Annual report of the Punjab Veterinary College and of the Civil Veterinary Department, Punjab - 1926-1932
Year: 1926
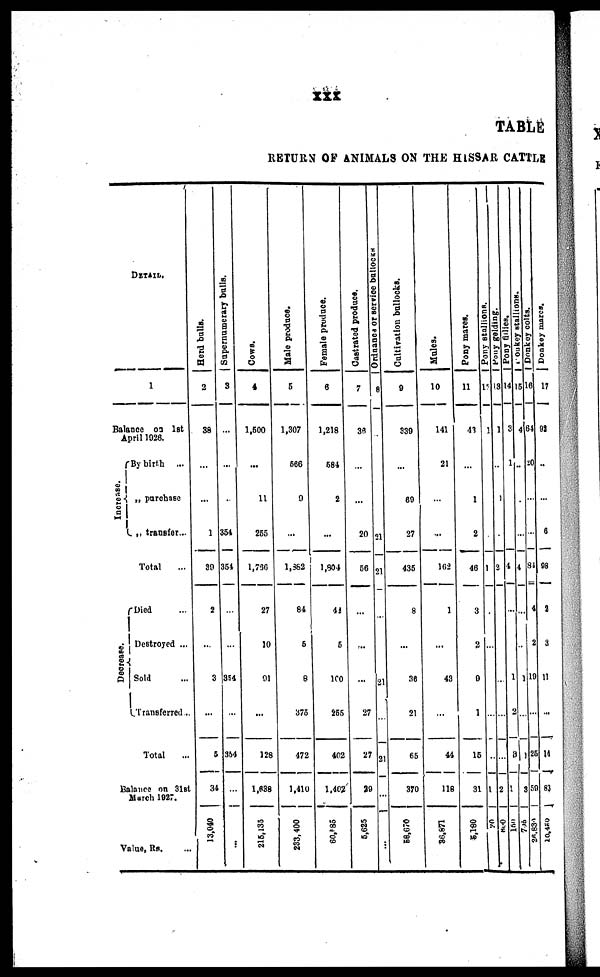
xxx
TABLE
RETURN OF ANIMALS ON THE HISSAR CATTLE
DETAIL.
1
Balance on 1st
April 1026.
Increase.
Decrease.
By birth ...
„ purchase
„
transfer...
Total
Died
Destroyed ...
Sold
Transferred .
Total
Balance on 31st
March 1927.
Value, Rs. ...
Herd bulls.
2
38
...
...
1
39
2
...
3
...
6
34
13,040
Supernumerary bulls.
3
...
...
354
351
...
...
354
...
354
...
...
Cows.
4
1,600
...
11
265
1,760
27
10
91
...
128
1,638
215,135
Male produce.
5
1,307
566
9
...
1,362
84
6
8
375
472
1,410
233, 400
Female produce.
6
1,218
684
2
...
1,904
...
6
100
255
402
1,402
60,585
Castrated produce.
7
36
...
...
20
56
...
...
...
27
27
29
5,625
Ordnance or service bullocks
8
... ...
...
21
21
...
...
21
2
Cultivation bullocks.
9
330
60
27
435
8
...
36
21
66
370
58,670
Mules.
10
141
21
...
...
162
1
...
43
...
44
118
36,671
Pony mares.
11
43
...
1
2
46
3
2
9
1
15
31
5,180
Pony stallions.
12
1
...
1
...
...
...
...
...
1
20
Pony gelding.
13
1
...
2
...
...
...
...
...
2
600
Pony fillies.
14
...
...
4
...
...
1
2
3
1
160
Ponkey stallions.
15
4
1
...
4
...
...
1
...
1
3
760
Donkey colts.
16
64
20
...
...
84
4
2
19
...
26
50
26,839
Donkey mares.
17
92
...
...
6
98
2
3
11
...
14
83
20,450